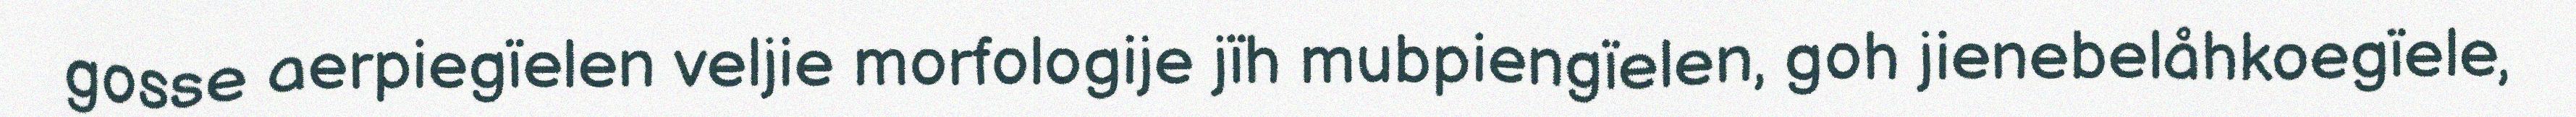
gosse aerpiegïelen veljie morfologije jïh mubpiengïelen, goh jienebelåhkoegïele,